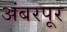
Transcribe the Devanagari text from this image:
अंबरपूर